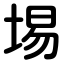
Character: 埸